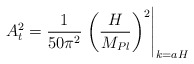
\begin{align*}A_{\sc t}^2={1\over 50\pi^2}\left.\left({H\over M_{Pl}}\right)^2\right|_{k=aH}\,\end{align*}